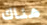
هناك